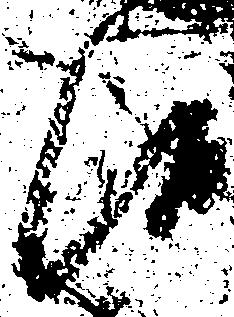
候